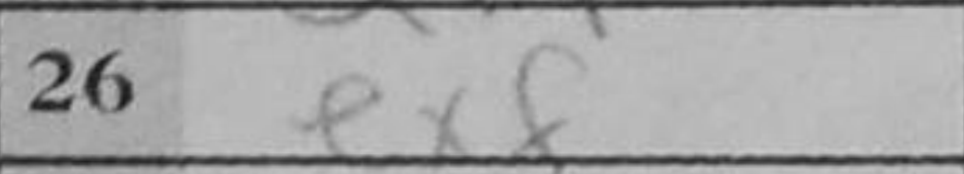
Transcription: exf